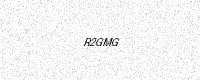
Text: R2GMG